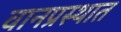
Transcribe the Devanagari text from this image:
वानप्रस्थात